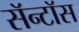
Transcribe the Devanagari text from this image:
सॅन्टाॅस